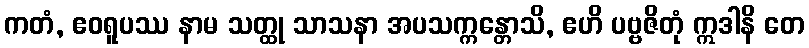
ကတံ, ဧဝရူပဿ နာမ သတ္ထု သာသနာ အပသက္ကန္တောသိ, ဧဟိ ပဗ္ဗဇိတုံ ဣဒါနိ တေ